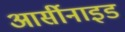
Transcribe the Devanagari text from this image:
आर्सीनाइड